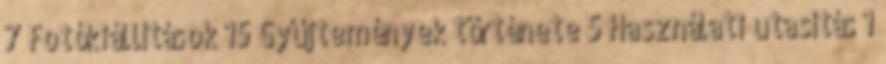
7 Fotókiállítások 15 Gyűjtemények története 5 Használati utasítás 1